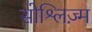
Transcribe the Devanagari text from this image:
सोश्लिज़्म